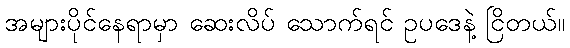
အများပိုင်နေရာမှာ ဆေးလိပ် သောက်ရင် ဥပဒေနဲ့ ငြိတယ်။